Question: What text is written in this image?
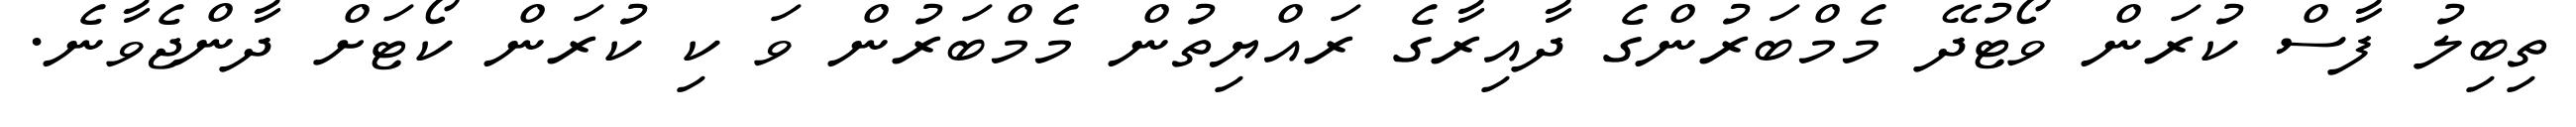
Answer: ތިބިލު ފާސް ކުރަން ވޯޓުދޭ މެމްބަރުންގެ ދާއިރާގެ ރައްޔިތުން މެމްބަރުން ވަ ކި ކުރަން ކޯޓަށް ދާންޖެވާނެ.